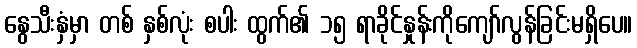
နွေသီးနှံမှာ တစ် နှစ်လုံး စပါး ထွက်၏ ၁၅ ရာခိုင်နှုန်းကိုကျော်လွန်ခြင်းမရှိပေ။